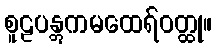
စူဠပန္တွကမထေရ်ဝတ္ထု။